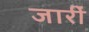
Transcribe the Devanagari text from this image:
जारीं